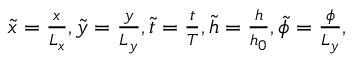
\begin{array} { r } { \tilde { x } = \frac { x } { L _ { x } } , \tilde { y } = \frac { y } { L _ { y } } , \tilde { t } = \frac { t } { T } , \tilde { h } = \frac { h } { h _ { 0 } } , \tilde { \phi } = \frac { \phi } { L _ { y } } , } \end{array}